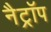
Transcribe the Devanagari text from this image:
नैट्रॉप